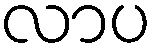
လာပ